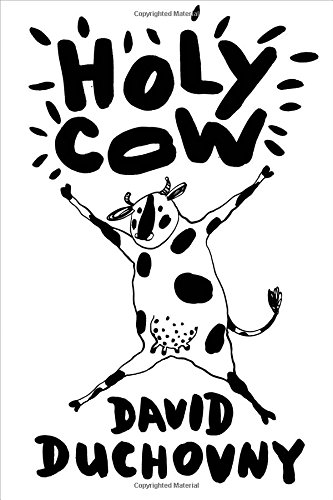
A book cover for Holy Cow: A Novel; David Duchovny; Literature & Fiction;